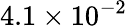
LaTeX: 4.1\times 10^{-2}